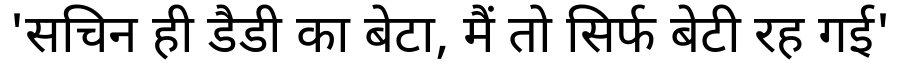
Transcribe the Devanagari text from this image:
'सचिन ही डैडी का बेटा, मैं तो सिर्फ बेटी रह गई'